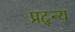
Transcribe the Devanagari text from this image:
प्रद्न्य